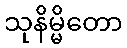
သုနိမ္မိတော